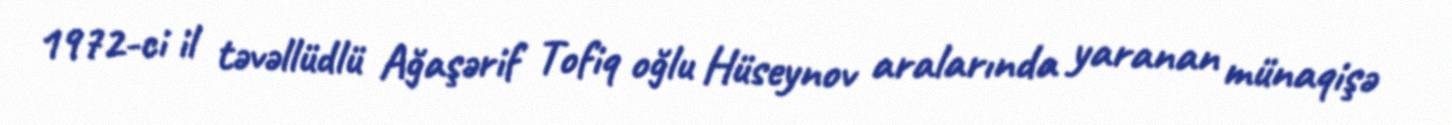
1972-ci il təvəllüdlü Ağaşərif Tofiq oğlu Hüseynov aralarında yaranan münaqişə